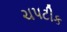
ચપટીક